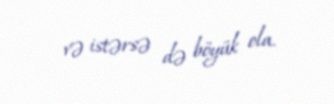
və istərsə də böyük ola.